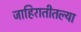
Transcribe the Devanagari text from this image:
जाहिरातीतल्या